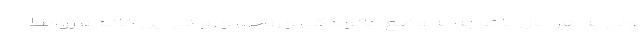
ولی به‌ هر حال با توجه به وضع خانوادگی و روحی و روانی این خانم و روابط